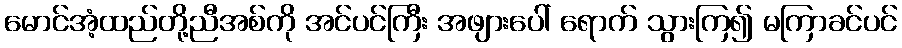
မောင်အံ့ထည်တို့ညီအစ်ကို အင်ပင်ကြီး အဖျားပေါ် ရောက် သွားကြ၍ မကြာခင်ပင်